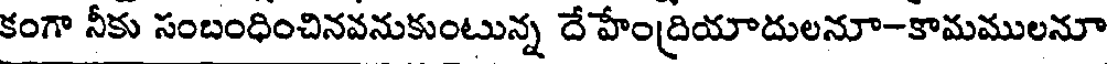
కంగా నీకు సంబంధించినవనుకుంటున్న దే హేంద్రియాదులనూ-కామములనూ